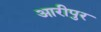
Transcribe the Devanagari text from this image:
आरीपुर